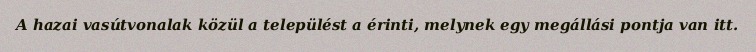
A hazai vasútvonalak közül a települést a érinti, melynek egy megállási pontja van itt.